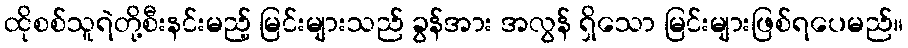
ထိုစစ်သူရဲတို့စီးနင်းမည့် မြင်းများသည် ခွန်အား အလွန် ရှိသော မြင်းများဖြစ်ရပေမည်။